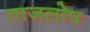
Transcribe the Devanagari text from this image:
ताजलोप